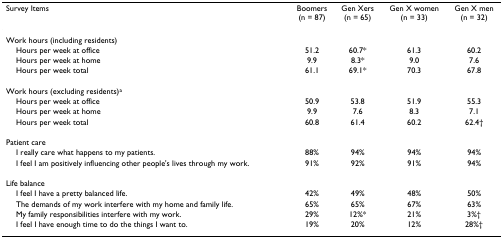
<table><thead><tr><td><b>Survey Items</b></td><td><b>Boomers(n = 87)</b></td><td><b>Gen Xers(n = 65)</b></td><td><b>Gen X women(n = 33)</b></td><td><b>Gen X men(n = 32)</b></td></tr></thead><tbody><tr><td>Work hours (including residents)</td><td></td><td></td><td></td><td></td></tr><tr><td> Hours per week at office</td><td>51.2</td><td>60.7*</td><td>61.3</td><td>60.2</td></tr><tr><td> Hours per week at home</td><td>9.9</td><td>8.3*</td><td>9.0</td><td>7.6</td></tr><tr><td> Hours per week total</td><td>61.1</td><td>69.1*</td><td>70.3</td><td>67.8</td></tr><tr><td>Work hours (excluding residents)<sup>a</sup></td><td></td><td></td><td></td><td></td></tr><tr><td> Hours per week at office</td><td>50.9</td><td>53.8</td><td>51.9</td><td>55.3</td></tr><tr><td> Hours per week at home</td><td>9.9</td><td>7.6</td><td>8.3</td><td>7.1</td></tr><tr><td> Hours per week total</td><td>60.8</td><td>61.4</td><td>60.2</td><td>62.4†</td></tr><tr><td>Patient care</td><td></td><td></td><td></td><td></td></tr><tr><td> I really care what happens to my patients.</td><td>88%</td><td>94%</td><td>94%</td><td>94%</td></tr><tr><td> I feel I am positively influencing other people&#x27;s lives through my work.</td><td>91%</td><td>92%</td><td>91%</td><td>94%</td></tr><tr><td>Life balance</td><td></td><td></td><td></td><td></td></tr><tr><td> I feel I have a pretty balanced life.</td><td>42%</td><td>49%</td><td>48%</td><td>50%</td></tr><tr><td> The demands of my work interfere with my home and family life.</td><td>65%</td><td>65%</td><td>67%</td><td>63%</td></tr><tr><td> My family responsibilities interfere with my work.</td><td>29%</td><td>12%*</td><td>21%</td><td>3%†</td></tr><tr><td> I feel I have enough time to do the things I want to.</td><td>19%</td><td>20%</td><td>12%</td><td>28%†</td></tr></tbody></table>